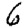
Digit: 6